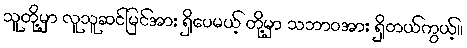
သူတို့မှာ လူသူဆင်မြင်အား ရှိပေမယ့် တို့မှာ သဘာဝအား ရှိတယ်ကွယ့်။